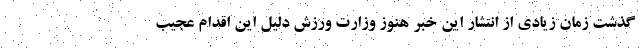
گذشت زمان زیادی از انتشار این خبر هنوز وزارت ورزش دلیل این اقدام عجیب